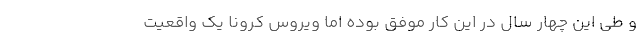
و طی این چهار سال در این کار موفق بوده اما ویروس کرونا یک واقعیت